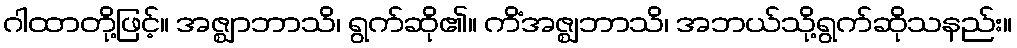
ဂါထာတို့ဖြင့်။ အဇ္ဈာဘာသိ၊ ရွက်ဆို၏။ ကိံအဇ္ဈဘာသိ၊ အဘယ်သို့ရွက်ဆိုသနည်း။